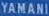
YAMANISHI